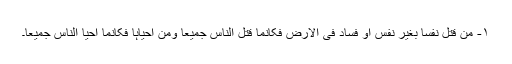
۱- من قتل نفسا بغیر نفس أو فساد فی الأرض فکأنما قتل الناس جمیعا ومن أحیاہا فکأنما أحیا الناس جمیعا۔